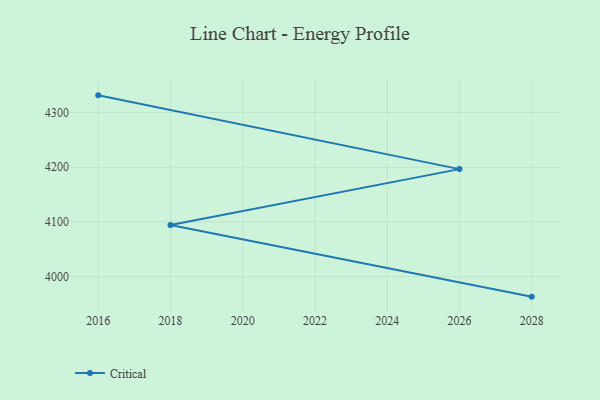
{"axis": {"x": "Year", "y": "LTV (USD)"}, "legend": ["Critical"], "data": [{"x": "2028", "y": 3963.3, "type": "Critical"}, {"x": "2018", "y": 4094.2, "type": "Critical"}, {"x": "2026", "y": 4196.5, "type": "Critical"}, {"x": "2016", "y": 4331.4, "type": "Critical"}]}